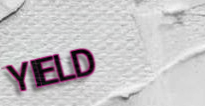
YIELD